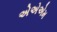
એએએમ